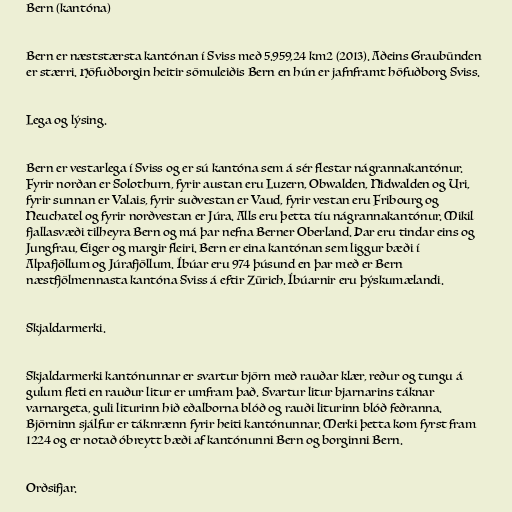
Bern (kantóna)

Bern er næststærsta kantónan í Sviss með 5.959,24 km2 (2013). Aðeins Graubünden
er stærri. Höfuðborgin heitir sömuleiðis Bern en hún er jafnframt höfuðborg Sviss.

Lega og lýsing.

Bern er vestarlega í Sviss og er sú kantóna sem á sér flestar nágrannakantónur.
Fyrir norðan er Solothurn, fyrir austan eru Luzern, Obwalden, Nidwalden og Uri,
fyrir sunnan er Valais, fyrir suðvestan er Vaud, fyrir vestan eru Fribourg og
Neuchatel og fyrir norðvestan er Júra. Alls eru þetta tíu nágrannakantónur. Mikil
fjallasvæði tilheyra Bern og má þar nefna Berner Oberland. Þar eru tindar eins og
Jungfrau, Eiger og margir fleiri. Bern er eina kantónan sem liggur bæði í
Alpafjöllum og Júrafjöllum. Íbúar eru 974 þúsund en þar með er Bern
næstfjölmennasta kantóna Sviss á eftir Zürich. Íbúarnir eru þýskumælandi.

Skjaldarmerki.

Skjaldarmerki kantónunnar er svartur björn með rauðar klær, reður og tungu á
gulum fleti en rauður litur er umfram það. Svartur litur bjarnarins táknar
varnargeta, guli liturinn hið eðalborna blóð og rauði liturinn blóð feðranna.
Björninn sjálfur er táknrænn fyrir heiti kantónunnar. Merki þetta kom fyrst fram
1224 og er notað óbreytt bæði af kantónunni Bern og borginni Bern.

Orðsifjar.